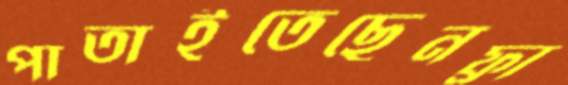
পাতাইতেছেনফ্রা